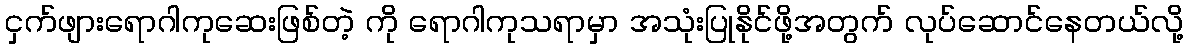
ငှက်ဖျားရောဂါကုဆေးဖြစ်တဲ့ ကို ရောဂါကုသရာမှာ အသုံးပြုနိုင်ဖို့အတွက် လုပ်ဆောင်နေတယ်လို့